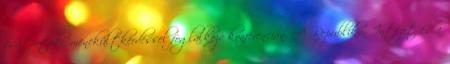
csütörtöki, menekültkérdéssel foglalkozó konferencián. A Republikon Intézet és a